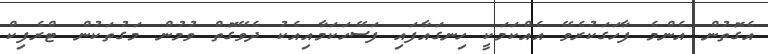
އެގޮތުން އެންމެ ފާހަގަކުރެވޭ އެއްކަމަކީ ހިނގައާފައި ފަސޭހަކަމާއިއެކު ދެވޭގޮތް ވުމުން މަގުތަކުން ޓްރެފިކް